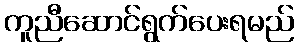
ကူညီဆောင်ရွက်ပေးရမည်